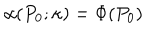
LaTeX: \alpha ( P _ { 0 } ; \kappa ) = \Phi ( P _ { 0 } )